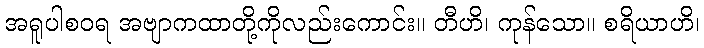
အရူပါစဝရ အဗျာကထာတို့ကိုလည်းကောင်း။ တီဟိ၊ ကုန်သော။ စရိယာဟိ၊